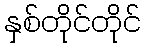
နှစ်တိုင်တိုင်